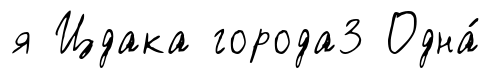
я Цдака города3 Одна́